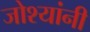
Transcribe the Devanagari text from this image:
जोश्यांनी